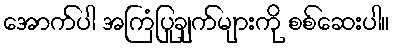
အောက်ပါ အကြံပြုချက်များကို စစ်ဆေးပါ။